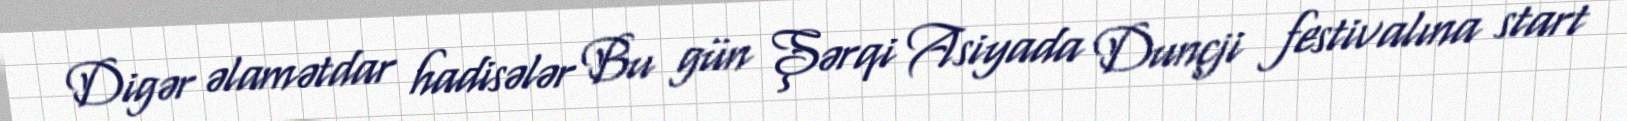
Digər əlamətdar hadisələr Bu gün Şərqi Asiyada Dunçji festivalına start